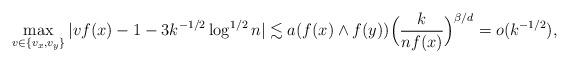
LaTeX: \begin{align*}\max_{v \in \{v_x,v_y\}} |vf(x)-1- 3 k^{-1/2} \log^{1/2} n| \lesssim a(f(x) \wedge f(y)) \Bigl( \frac{k}{nf(x)} \Bigr)^{\beta/d} = o(k^{-1/2}),\end{align*}